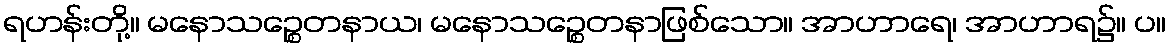
ရဟန်းတို့။ မနောသဉ္စေတနာယ၊ မနောသဉ္စေတနာဖြစ်သော။ အာဟာရေ၊ အာဟာရ၌။ ပ။